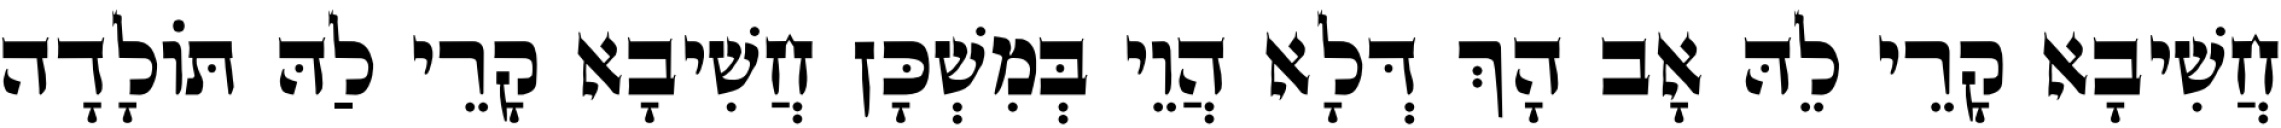
חֲשִׁיבָא קָרֵי לֵהּ אָב הָךְ דְּלָא הֲוֵי בְּמִשְׁכָּן חֲשִׁיבָא קָרֵי לַהּ תּוֹלָדָה